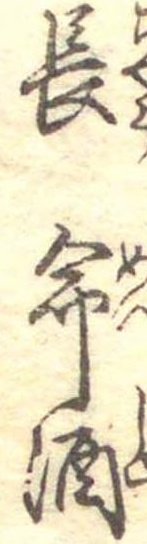
長命酒